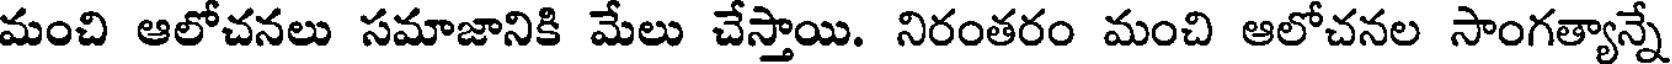
మంచి ఆలోచనలు సమాజానికి మేలు చేస్తాయి. నిరంతరం మంచి ఆలోచనల సాంగత్యాన్నే